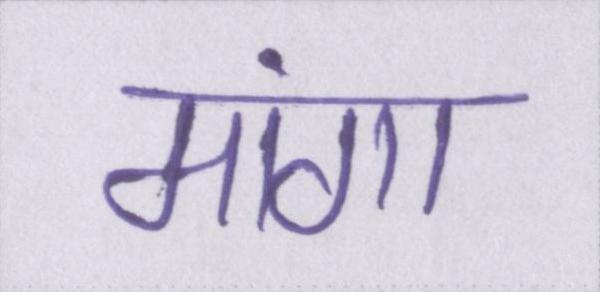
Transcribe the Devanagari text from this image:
मांगा